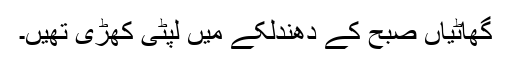
گھاٹیاں صبح کے دھندلکے میں لپٹی کھڑی تھیں۔